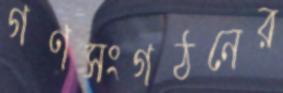
গণসংগঠনের